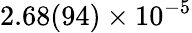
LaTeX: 2.68(94)\times 10^{-5}